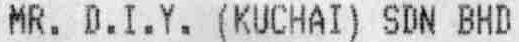
MR. D.I.Y. (KUCHAI) SDN BHD